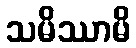
သမိဿာမိ